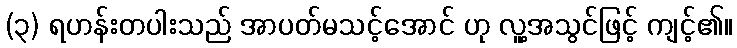
(၃) ရဟန်းတပါးသည် အာပတ်မသင့်အောင် ဟု လူ့အသွင်ဖြင့် ကျင့်၏။